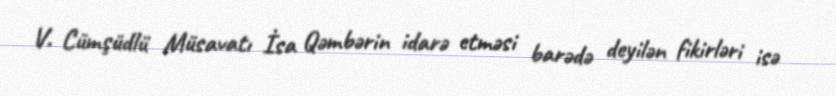
V. Cümşüdlü Müsavatı İsa Qəmbərin idarə etməsi barədə deyilən fikirləri isə